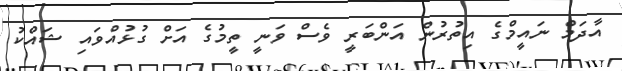
އާދަމް ނައީމްގެ އިތުރުން އަންބަރީ ވެސް ވަނީ ތީމުގެ އަށް ގުޅުއްވައި ޝައްކު